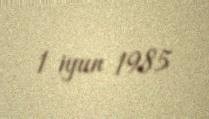
1 iyun 1985